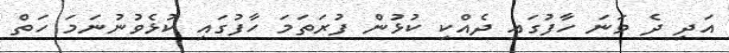
އަދި ދެ ވަނަ ހާފުގައި ދެއްކި ކުޅުން ފުރަތަމަ ހާފުގައި ކުޅެވުނުނަމަ ހަތް